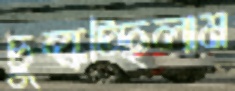
চুল্‌কচ্ছিলাম